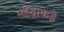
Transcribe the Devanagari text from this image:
महेंद्राकडे